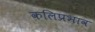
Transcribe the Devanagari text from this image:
कलिप्रभाव